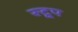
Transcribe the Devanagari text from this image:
स्टूप